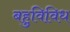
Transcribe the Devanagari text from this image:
बहुविविध